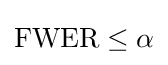
\mathrm {FWER} \leq \alpha \,\!